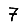
Digit: 7